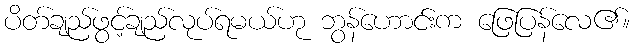
ပိတ်ချည်ဖွင့်ချည်လုပ်ရမယ်ဟု ဘွန်ဟောင်းက ဖြေပြန်လေ၏။